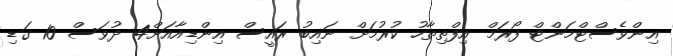
އިންވެސްޓްމަންޓް ފޯރަމް އިފްތިތާހު ކުރުމަށް ނައިބު ރައީސް އިންޑިއާއަށް4 ދުވަސް 10 ގަޑި